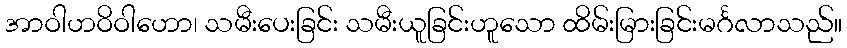
အာဝါဟဝိဝါဟော၊ သမီးပေးခြင်း သမီးယူခြင်းဟူသော ထိမ်းမြားခြင်းမင်္ဂလာသည်။